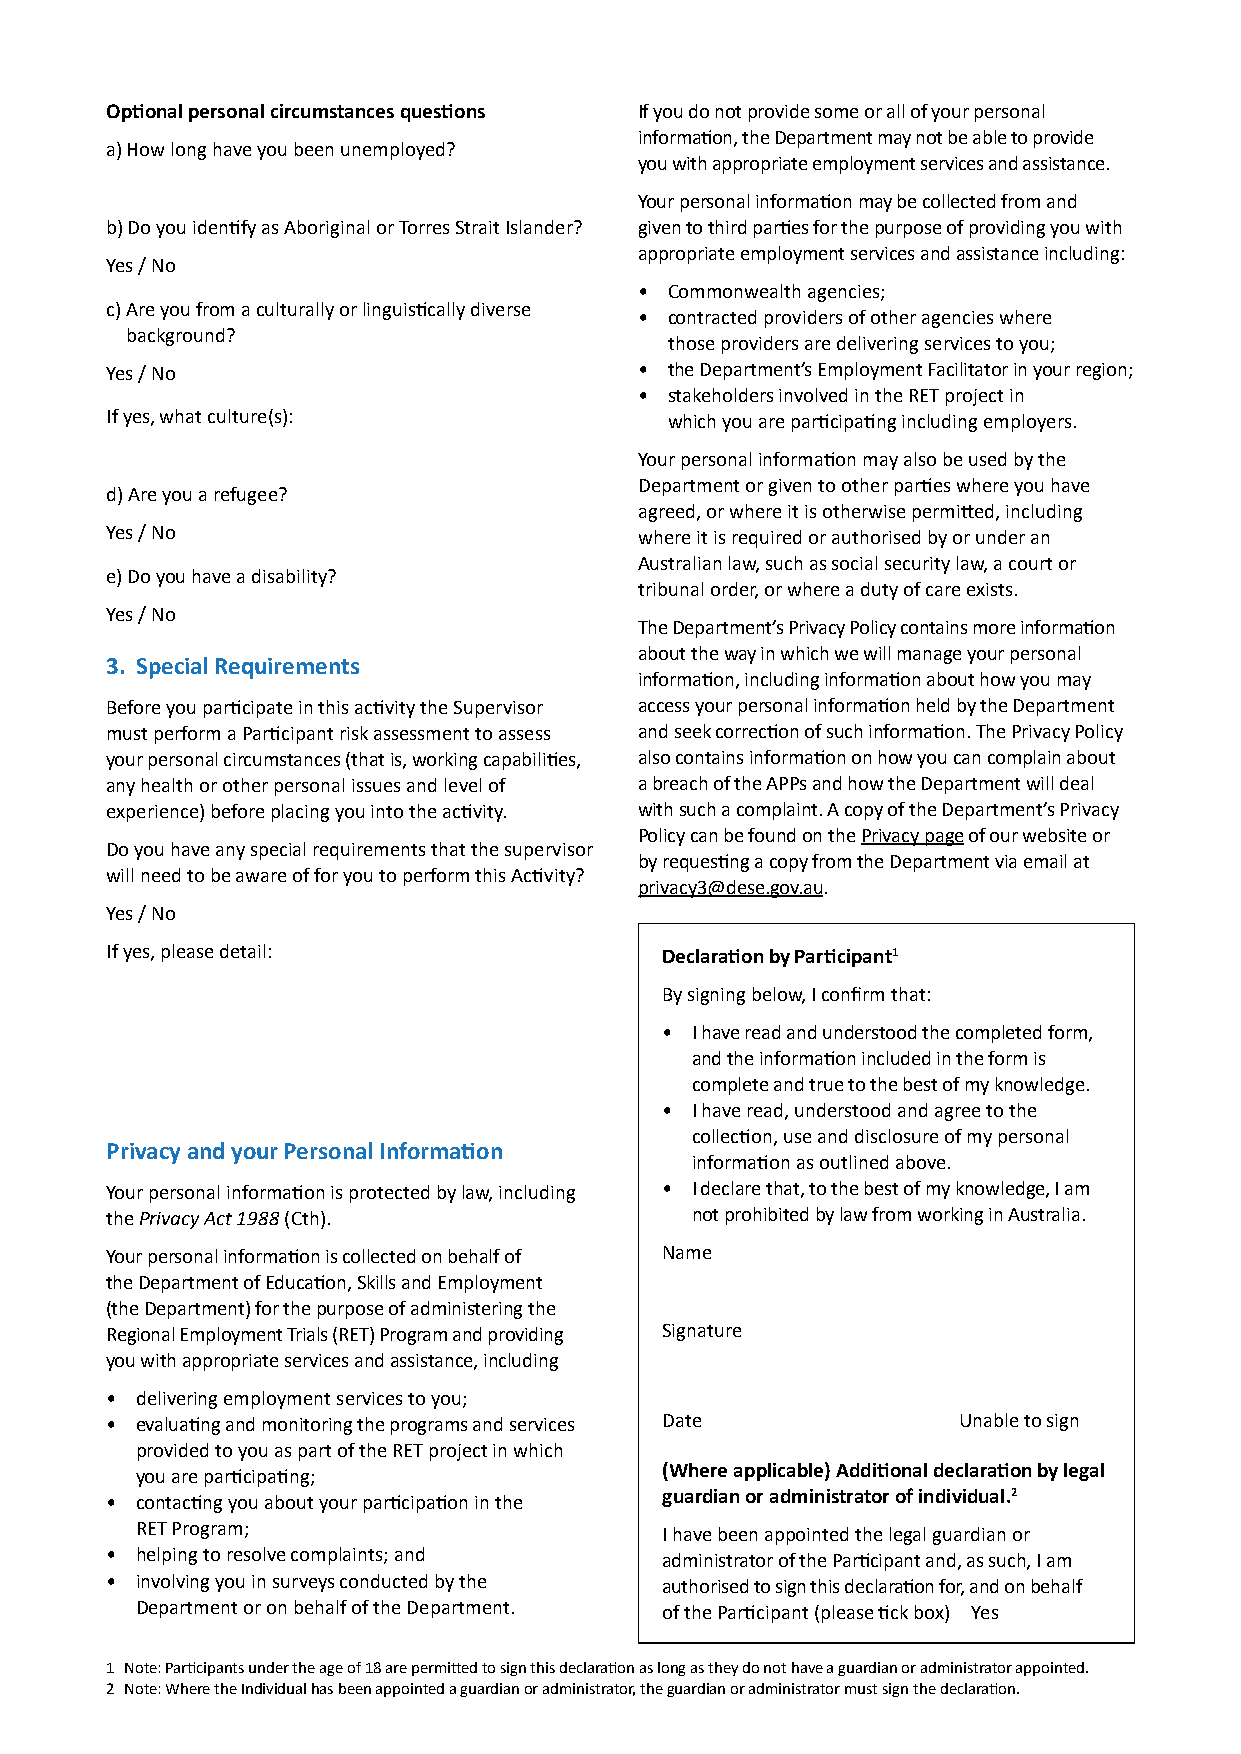
Optional personal circumstances questions If you do not provide some or all of your personal
 information, the Department may not be able to provide
 a) How long have you been unemployed?
 you with appropriate employment services and assistance.
 Your personal information may be collected from and
 b) Do you identify as Aboriginal or Torres Strait Islander? given to third parties for the purpose of providing you with
 appropriate employment services and assistance including:
 Yes / No
 • Commonwealth agencies;
 c) Are you from a culturally or linguistically diverse
 • contracted providers of other agencies where
 background?
 those providers are delivering services to you;
 Yes / No                           • the Department’s Employment Facilitator in your region;
 • stakeholders involved in the RET project in
 If yes, what culture(s):             which you are participating including employers.
 Your personal information may also be used by the
 Department or given to other parties where you have
 d) Are you a refugee?
 agreed, or where it is otherwise permitted, including
 Yes / No                           where it is required or authorised by or under an
 Australian law, such as social security law, a court or
 e) Do you have a disability?
 tribunal order, or where a duty of care exists.
 Yes / No
 The Department’s Privacy Policy contains more information
 about the way in which we will manage your personal
 3. Special Requirements
 information, including information about how you may
 Before you participate in this activity the Supervisor access your personal information held by the Department
 must perform a Participant risk assessment to assess and seek correction of such information. The Privacy Policy
 your personal circumstances (that is, working capabilities, also contains information on how you can complain about
 any health or other personal issues and level of a breach of the APPs and how the Department will deal
 experience) before placing you into the activity. with such a complaint. A copy of the Department’s Privacy
 Policy can be found on the Privacy page of our website or
 Do you have any special requirements that the supervisor
 by requesting a copy from the Department via email at
 will need to be aware of for you to perform this Activity?
 privacy3@dese.gov.au.
 Yes / No
 If yes, please detail:               Declaration by Participant1
 By signing below, I confirm that:
 • I have read and understood the completed form,
 and the information included in the form is
 complete and true to the best of my knowledge.
 • I have read, understood and agree to the
 collection, use and disclosure of my personal
 Privacy and your Personal Information
 information as outlined above.
 Your personal information is protected by law, including • I declare that, to the best of my knowledge, I am
 the Privacy Act 1988 (Cth).            not prohibited by law from working in Australia.
 Your personal information is collected on behalf of Name
 the Department of Education, Skills and Employment
 (the Department) for the purpose of administering the
 Regional Employment Trials (RET) Program and providing Signature
 you with appropriate services and assistance, including
 • delivering employment services to you;
 • evaluating and monitoring the programs and services Date Unable to sign
 provided to you as part of the RET project in which
 you are participating;             (Where applicable) Additional declaration by legal
 • contacting you about your participation in the guardian or administrator of individual.2
 RET Program;                       I have been appointed the legal guardian or
 • helping to resolve complaints; and administrator of the Participant and, as such, I am
 • involving you in surveys conducted by the authorised to sign this declaration for, and on behalf
 Department or on behalf of the Department. of the Participant (please tick box) Yes
 1 Note: Participants under the age of 18 are permitted to sign this declaration as long as they do not have a guardian or administrator appointed.
 2 Note: Where the Individual has been appointed a guardian or administrator, the guardian or administrator must sign the declaration.